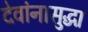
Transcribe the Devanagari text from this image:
देवांनासुद्धा